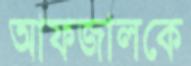
আফজালকে